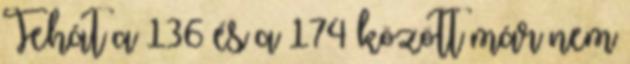
Tehát a 136 és a 174 között már nem